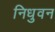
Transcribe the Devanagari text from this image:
निधुवन